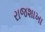
રાજશાખા